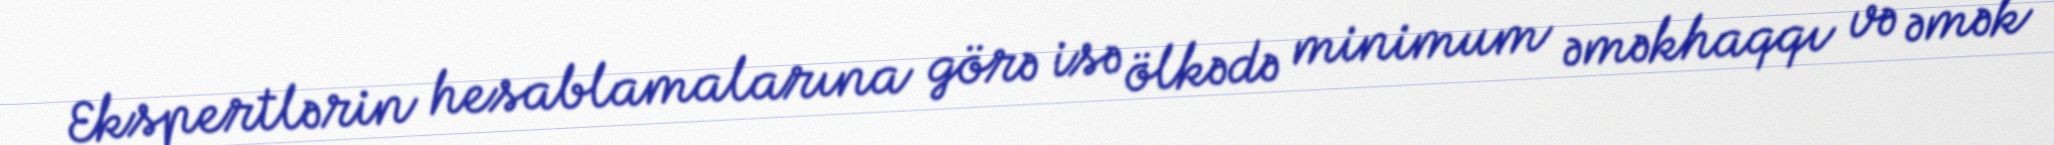
Ekspertlərin hesablamalarına görə isə ölkədə minimum əməkhaqqı və əmək